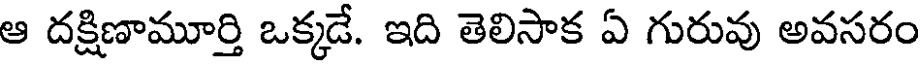
ఆ దక్షిణామూర్తి ఒక్కడే. ఇది తెలిసాక ఏ గురువు అవసరం